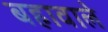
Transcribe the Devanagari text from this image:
बहावाले